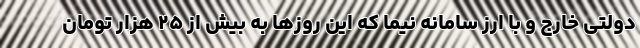
دولتی خارج و با ارز سامانه نیما که این روزها به بیش از ۲۵ هزار تومان